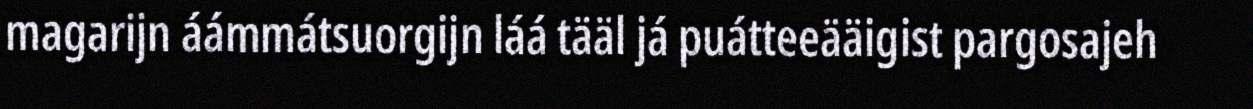
magarijn áámmátsuorgijn láá tääl já puátteeääigist pargosajeh